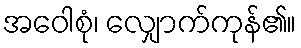
အဝေါစုံ၊ လျှောက်ကုန်၏။